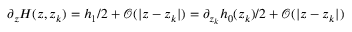
\partial _ { z } H ( z , z _ { k } ) = h _ { 1 } / 2 + { \mathcal O } ( | z - z _ { k } | ) = \partial _ { z _ { k } } h _ { 0 } ( z _ { k } ) / 2 + { \mathcal O } ( | z - z _ { k } | )